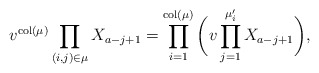
\begin{align*}v^{{\rm col}(\mu)}\prod_{(i,j)\in \mu} X_{a-j+1} = \prod_{i=1}^{{\rm col}(\mu)}\bigg( v \prod_{j=1}^{\mu'_i} X_{a-j+1}\bigg),\end{align*}